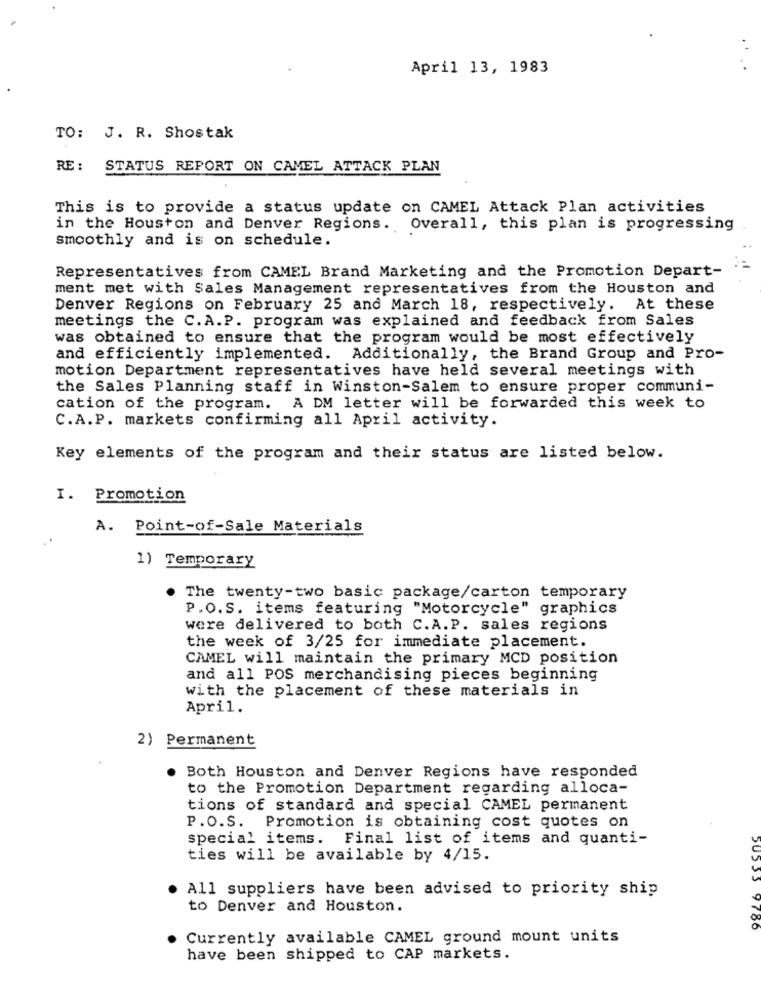
April 13, 1983
TO: J. R. Shostak
RE: STATUS REPORT ON CAMEL ATTACK PLAN
This is to provide a status update on CAMEL Attack Plan activities
in the Houston and Denver Regions. Overall, this plan is progressing
smoothly and is on schedule.
Representatives from CAMEL Brand Marketing and the Promotion Depart-
ment met with Sales Management representatives from the Houston and
Denver Regions on February 25 and March 18, respectively. At these
meetings the C.A.P. program was explained and feedback from Sales
was obtained to ensure that the program would be most effectively
and efficiently implemented. Additionally, the Brand Group and Pro-
motion Department representatives have held several meetings with
the Sales Planning staff in Winston-Salem to ensure proper communi-
cation of the program. A DM letter will be forwarded this week to
C.A.P. markets confirming all April activity.
Key elements of the program and their status are listed below.
I. Promotion
A. Point-of-Sale Materials
1) Temporary
The twenty-two basic package/carton temporary
P.O.S. items featuring "Motorcycle" graphics
were delivered to both C.A.P. sales regions
the week of 3/25 for immediate placement.
CAMEL will maintain the primary MCD position
and all POS merchandising pieces beginning
with the placement of these materials in
April.
2) Permanent
Both Houston and Denver Regions have responded
to the Promotion Department regarding alloca-
tions of standard and special CAMEL permanent
P.O.S. Promotion is obtaining cost quotes on
special items. Final list of items and quanti-
ties will be available by 4/15.
All suppliers have been advised to priority ship
to Denver and Houston.
JUSSS 9786
Currently available CAMEL ground mount units
have been shipped to CAP markets.